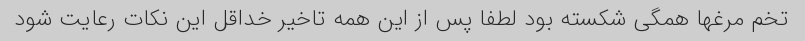
تخم مرغها همگی شکسته بود لطفا پس از این همه تاخیر خداقل این نکات رعایت شود